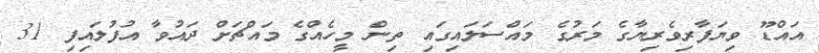
އައްޑޫ ވިޔަފާރިވެރިޔާގެ މަރުގެ މައްސަލައިގައި ތިން މީހެއްގެ މައްޗަށް ދައުވާ އުފުލައިފި 31